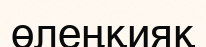
өлеңқияқ